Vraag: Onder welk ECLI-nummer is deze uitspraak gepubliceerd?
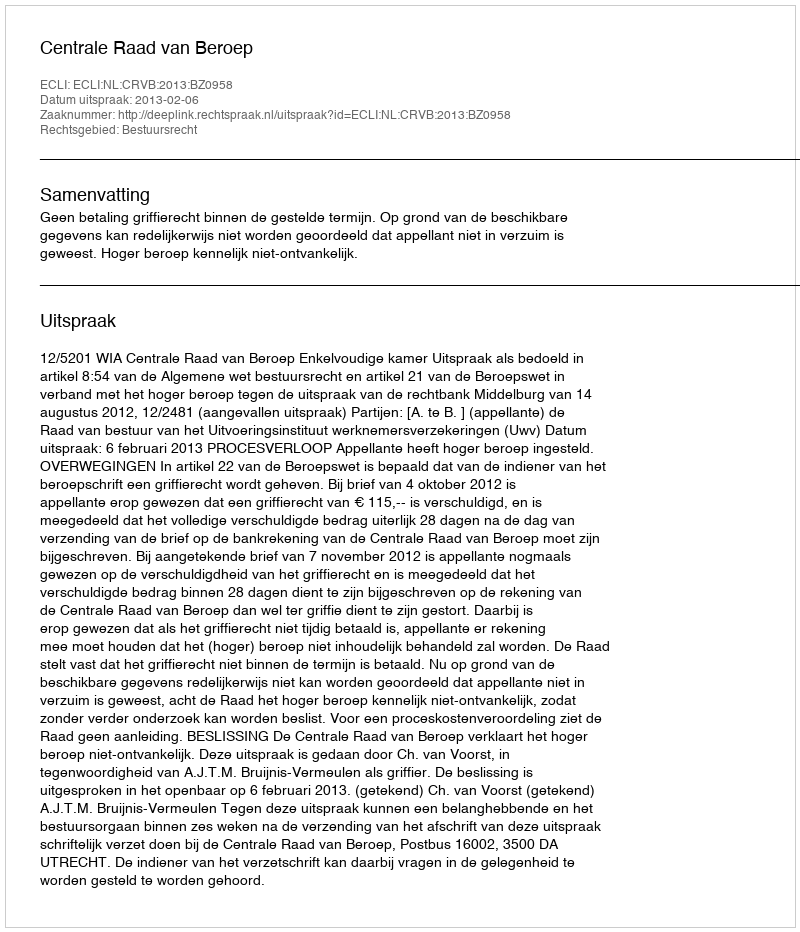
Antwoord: ECLI:NL:CRVB:2013:BZ0958